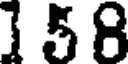
1 5 8